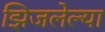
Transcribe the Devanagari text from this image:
झिजलेल्या